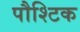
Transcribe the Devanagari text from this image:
पौश्टिक